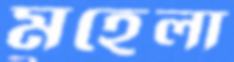
মহেলা